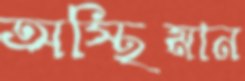
অস্থিমান